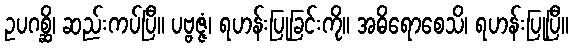
ဥပဂစ္ဆိ၊ ဆည်းကပ်ပြီ။ ပဗ္ဗဇ္ဇံ၊ ရဟန်းပြုခြင်းကို။ အဓိရောစေသိ၊ ရဟန်းပြုပြီ။